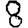
Digit: 8